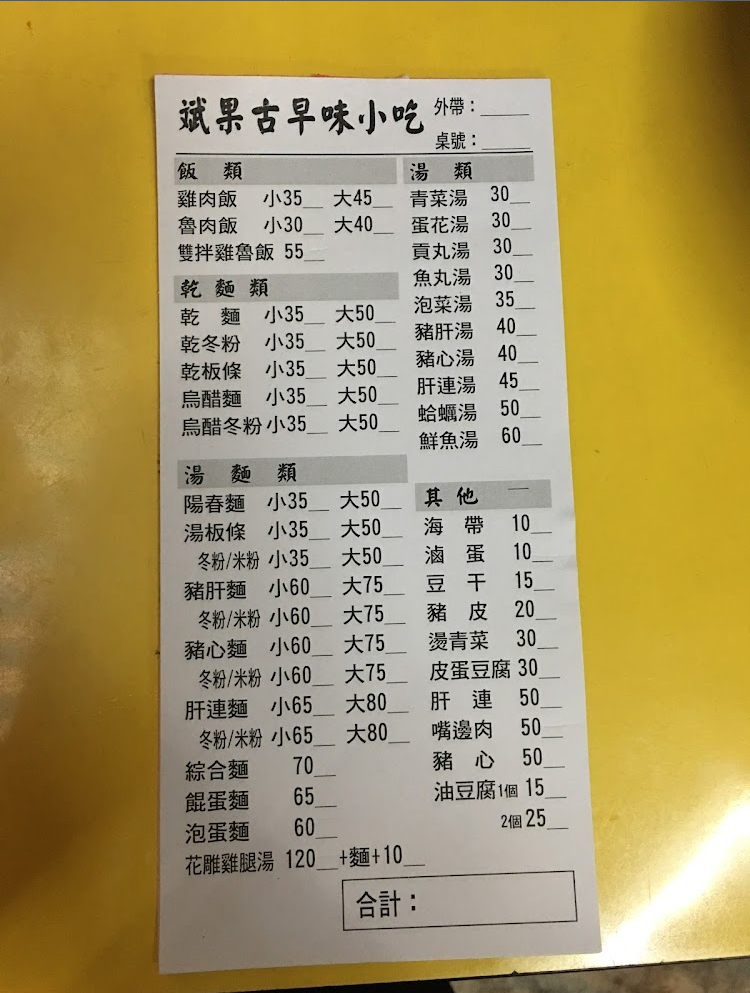
餐廳：斌果古早味小吃
菜單：
name: 雞肉飯小
price: 35
name: 雞肉飯大
price: 45
name: 魯肉飯小
price: 30
name: 魯肉飯大
price: 40
name: 雙拌雞魯飯
price: 55
name: 乾麵小
price: 35
name: 乾麵大
price: 50
name: 乾冬粉小
price: 35
name: 乾冬粉大
price: 50
name: 乾板條小
price: 35
name: 乾板條大
price: 50
name: 烏醋麵小
price: 35
name: 烏醋麵大
price: 50
name: 烏醋冬粉小
price: 35
name: 烏醋冬粉大
price: 50
name: 陽春麵小
price: 35
name: 陽春麵大
price: 50
name: 湯板條小
price: 35
name: 湯板條大
price: 50
name: 冬粉/米粉小
price: 35
name: 冬粉/米粉大
price: 50
name: 豬肝麵小
price: 60
name: 豬肝麵大
price: 75
name: 冬粉/米粉小
price: 60
name: 冬粉/米粉大
price: 75
name: 豬心麵小
price: 60
name: 豬心麵大
price: 75
name: 冬粉/米粉小
price: 60
name: 冬粉/米粉大
price: 75
name: 肝連麵小
price: 65
name: 肝連麵大
price: 80
name: 冬粉/米粉小
price: 65
name: 冬粉/米粉大
price: 80
name: 綜合麵
price: 70
name: 餛蛋麵
price: 65
name: 泡蛋麵
price: 60
name: 花雕雞腿湯
price: 120
name: 青菜湯
price: 30
name: 蛋花湯
price: 30
name: 貢丸湯
price: 30
name: 魚丸湯
price: 30
name: 泡菜湯
price: 35
name: 豬肝湯
price: 40
name: 豬心湯
price: 40
name: 肝連湯
price: 45
name: 蛤蠣湯
price: 50
name: 鮮魚湯
price: 60
name: 海帶
price: 10
name: 滷蛋
price: 10
name: 豆干
price: 15
name: 豬皮
price: 20
name: 燙青菜
price: 30
name: 皮蛋豆腐
price: 30
name: 肝連
price: 50
name: 嘴邊肉
price: 50
name: 豬心
price: 50
name: 油豆腐1個
price: 15
name: 油豆腐2個
price: 25